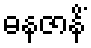
ဓနဇာနိံ